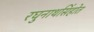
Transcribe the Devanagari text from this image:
रघुनाथसिंहोत